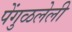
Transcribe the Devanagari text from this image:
पेंगुळलेली